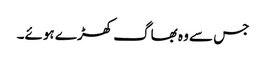
جس سے وہ بھاگ کھڑے ہوئے۔